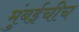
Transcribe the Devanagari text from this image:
मुंबईचीच